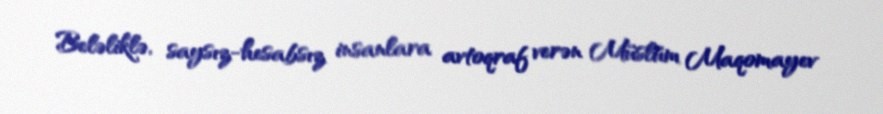
Beləliklə, saysız-hesabsız insanlara avtoqraf verən Müslüm Maqomayev